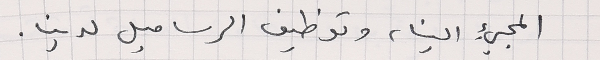
المجيء الينا، وتوظيف الرساميل لدينا.